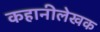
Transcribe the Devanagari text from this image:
कहानीलेखक